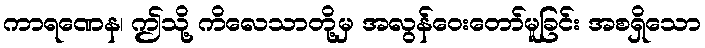
ကာရဏေန၊ ဤသို့ ကိလေသာတို့မှ အလွန်ဝေးတော်မူခြင်း အစရှိသော